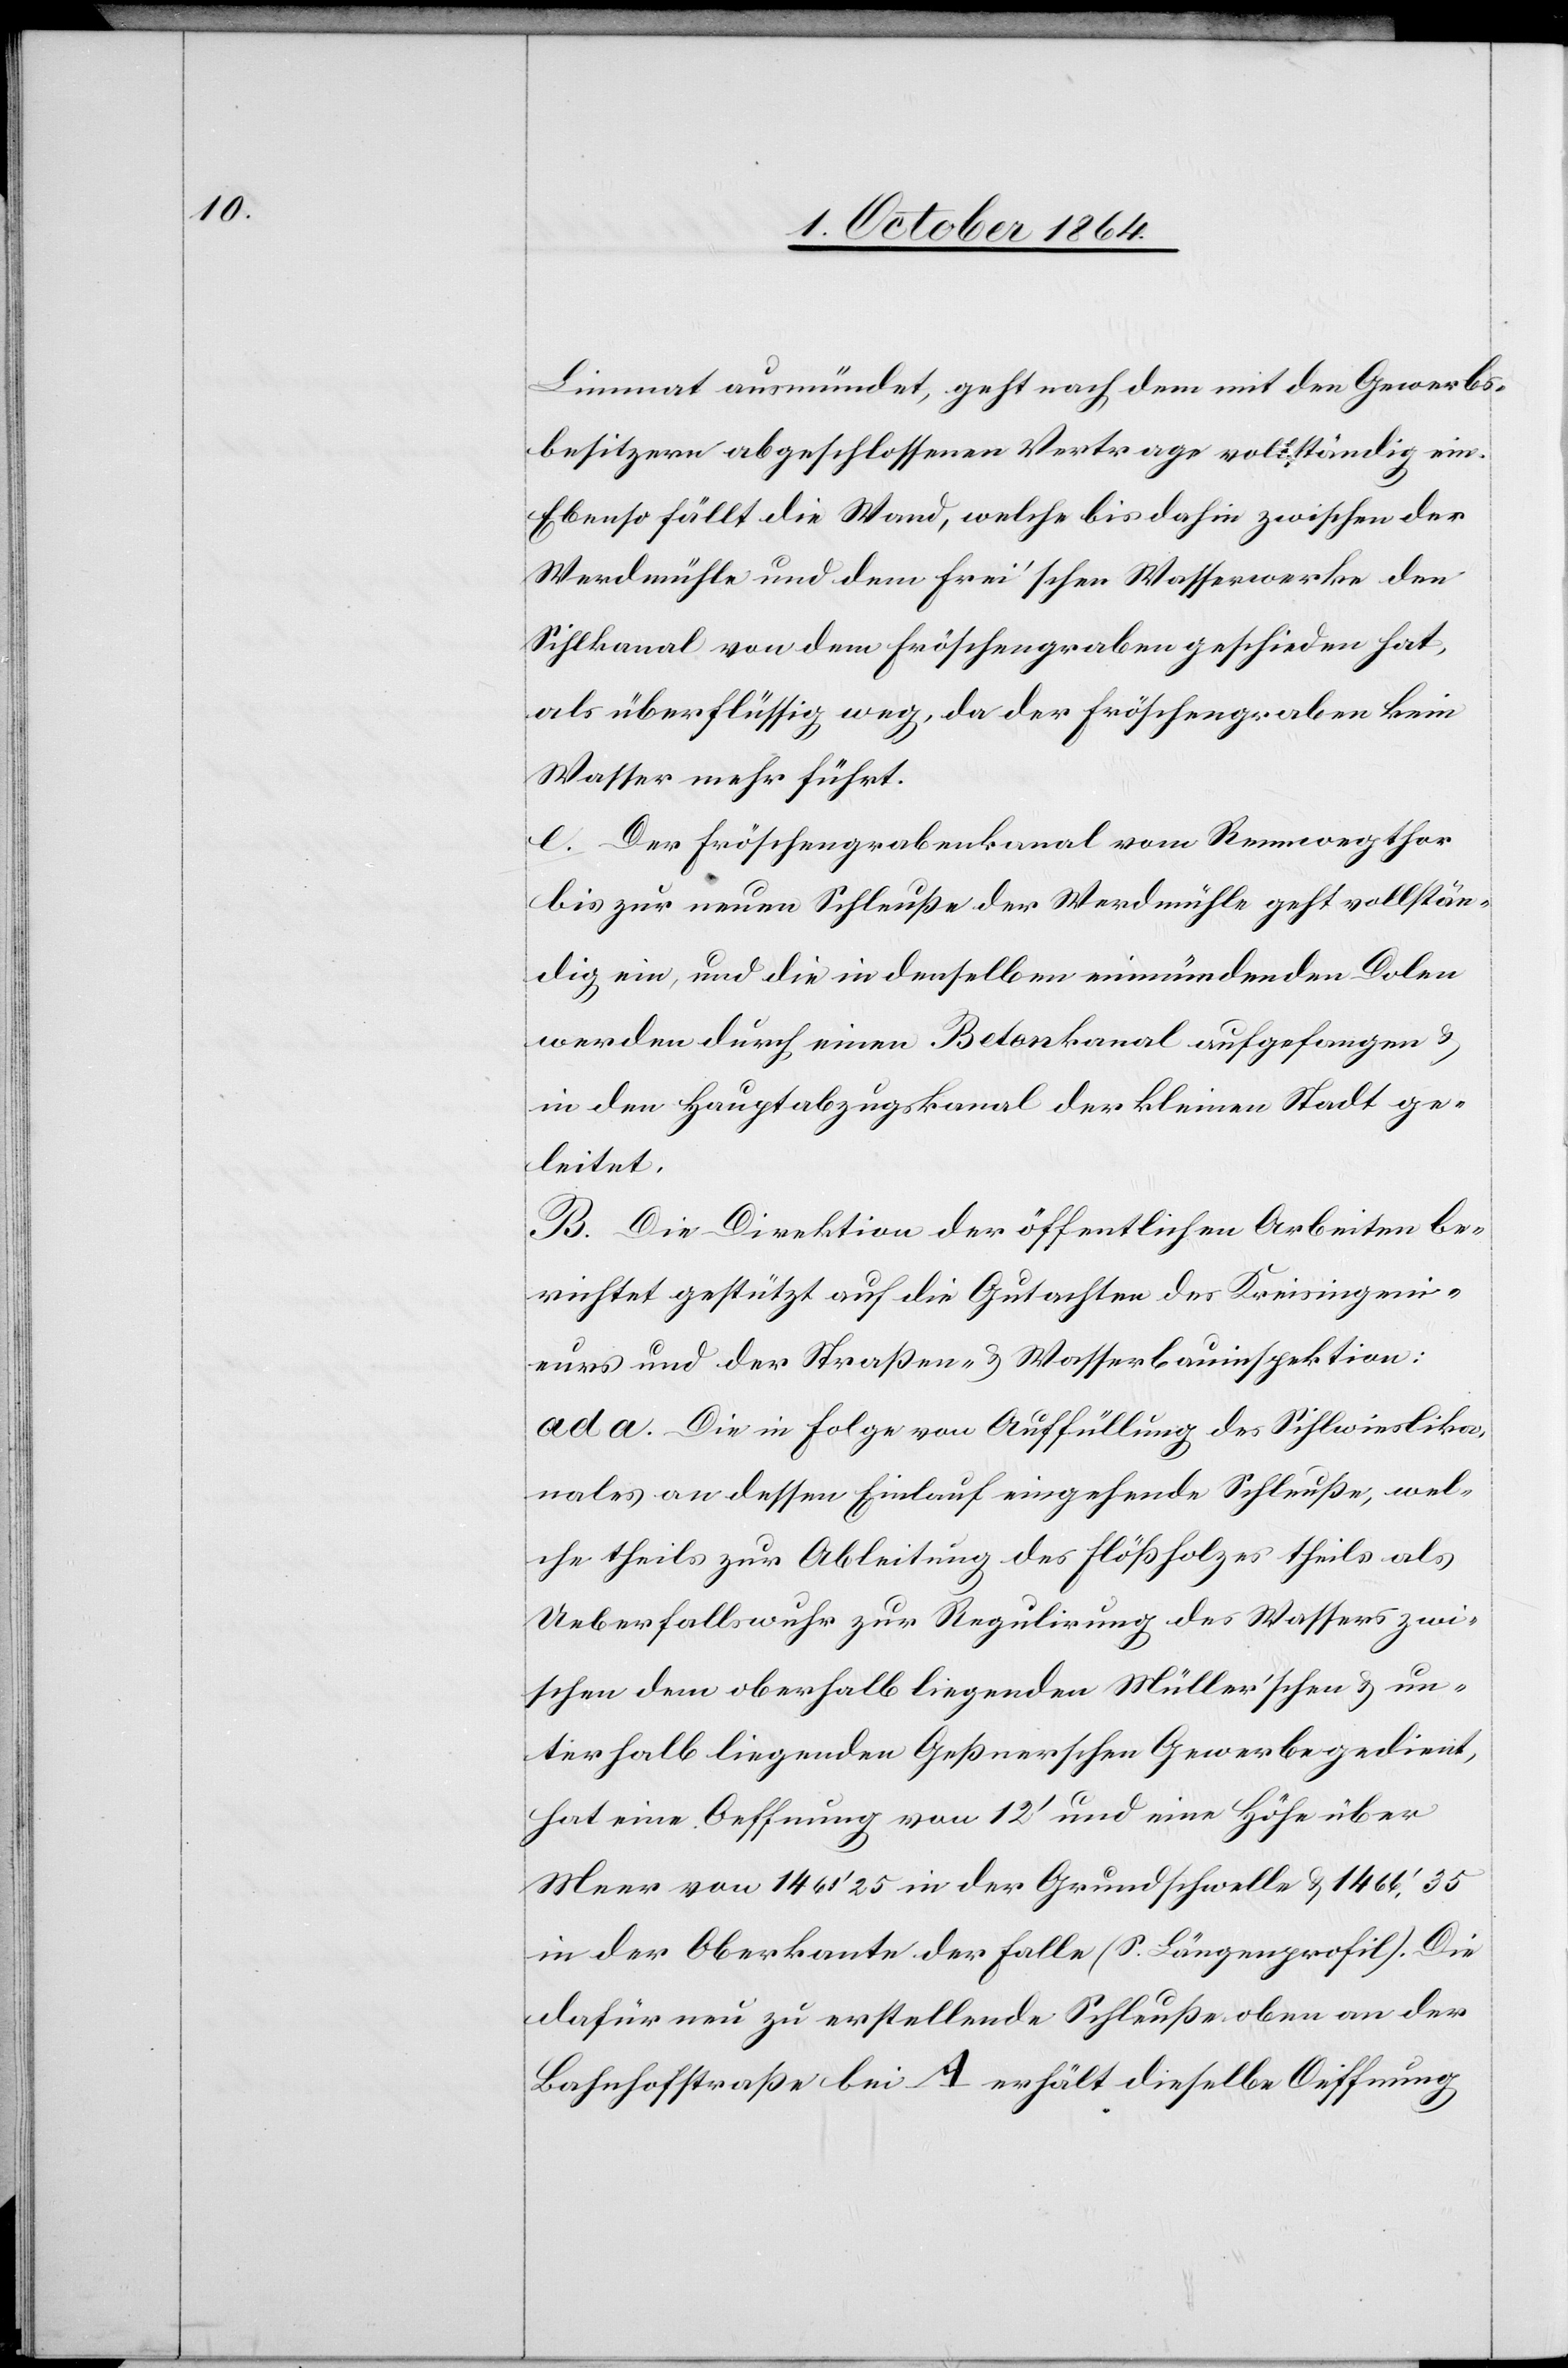
Limmat ausmündet, geht nach dem mit den Gewerbs¬
besitzern abgeschlossenen Vertrage vollständig ein.
Ebenso fällt die Wand, welche bis dahin zwischen der
Werdmühle und dem Frei’schen Wasserwerke den
Sihlkanal von dem Fröschengraben geschieden hat,
als überflüssig weg, da der Fröschengraben kein
Wasser mehr führt.
e. Der Fröschengrabenkanal vom Rennwegthor
bis zur neuen Schleuße der Werdmühle geht vollstän¬
dig ein, und die in denselben einmündenden Dolen
werden durch einen Betonkanal aufgefangen &
in den Hauptabzugskanal der kleinen Stadt ge¬
leitet.
B. Die Direktion der öffentlichen Arbeiten be¬
richtet gestützt auf die Gutachten des Kreisingeni¬
eurs und der Straßen- & Wasserbauinspektion:
ad a. Die in Folge von Auffüllung des Sihlwieslika¬
nales an dessen Einlauf eingehende Schleuße, wel¬
che theils zur Ableitung des Flößholzes theils als
Ueberfallswuhr zur Regulirung des Wassers zwi¬
schen dem oberhalb liegenden Müller’schen & un¬
terhalb liegenden Geßnerschen Gewerke gedient,
hat eine Oeffnung von 12’ und eine Höhe über
Meer von 1 460’25 in der Grundschwelle & 1 466’35
in der Oberkante der Falle (S. Längenprofil). Die
dafür neu zu erstellende Schleuße oben an der
Bahnhofstraße bei A erhält dieselbe Oeffnung